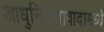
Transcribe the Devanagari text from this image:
आधुनिकतावादामध्ये